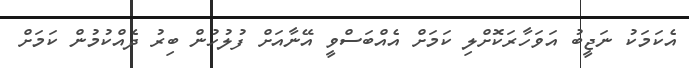
އެކަމަކު ނަޖީބު އަވަހާރަކޮށްލި ކަމަށް އެއްބަސްވީ އޭނާއަށް ފުލުހުން ބިރު ދެއްކުމުން ކަމަށް